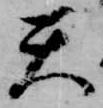
天